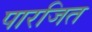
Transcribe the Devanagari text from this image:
पारजित